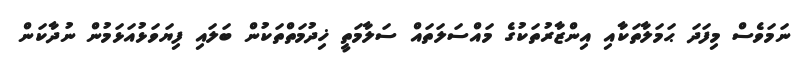
ނަމަވެސް މިފަދަ ޙަމަލާތަކާއި އިންޒާރުތަކުގެ މައްސަލަތައް ސަލާމަތީ ޚިދުމަތްތަކުން ބަލައި ފިޔަވަޅުއަޅަމުން ނުދާކަން